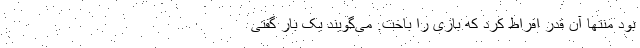
بود منتها آن قدر افراط کرد که بازی را باخت. می‌گویند یک بار گفتی